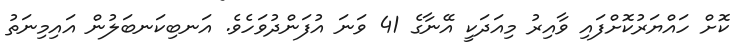
ކޮށް ހައްޔަރުކޮށްފައި ވާއިރު މިއަދަކީ އޭނާގެ 41 ވަނަ އުފަންދުވަހެވެ. އަނބިކަނބަލުން އައިމިނަތު